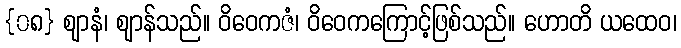
{၀၈} ဈာနံ၊ ဈာန်သည်။ ဝိဝေကဇံ၊ ဝိဝေကကြောင့်ဖြစ်သည်။ ဟောတိ ယထေဝ၊